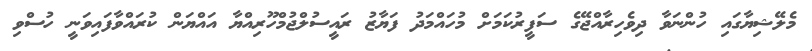
މެލޭޝިޔާގައި ހުންނަވާ ދިވެހިރާއްޖޭގެ ސަފީރުކަމަށް މުހައްމަދު ފަޔާޒު ރައީސުލްޖުމްހޫރިއްޔާ އައްޔަން ކުރައްވާފައިވަނީ ހުސްވި